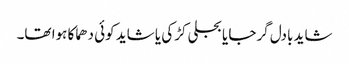
شاید بادل گرجا یا بجلی کڑکی یا شاید کوئی دھماکا ہوا تھا۔